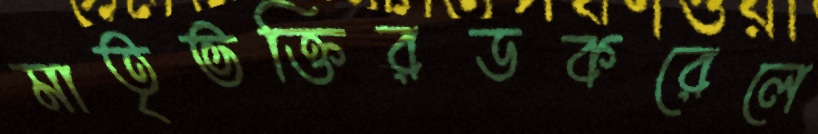
মাতৃভক্তিরডকরেলে